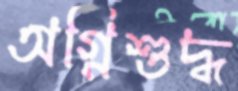
অগ্নিশুদ্ধ